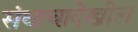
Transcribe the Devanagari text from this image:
संघाचादेखील